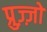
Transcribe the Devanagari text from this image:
प्रुज़्ज़ो